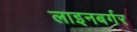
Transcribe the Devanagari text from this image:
लाइनबर्गर